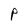
Character: p